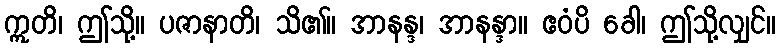
ဣတိ၊ ဤသို့။ ပဇာနာတိ၊ သိ၏။ အာနန္ဒ၊ အာနန္ဒာ။ ဧဝံပိ ခေါ၊ ဤသို့လျှင်။